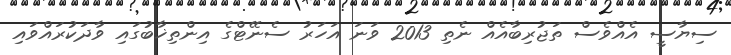
ސިޔާސީ އެއްވެސް ތަޖުރިބާއެއް ނެތި 2013 ވަނަ އަހަރު ސެނޭޓްގެ އިންތިޚާބުގައި ވާދަކުރައްވައި